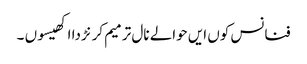
فنانس کوں ایں حوالے نال ترمیم کرنڑ دا اکھیسوں ۔